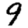
Digit: 9